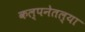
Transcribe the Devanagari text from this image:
कल्पनेतल्या